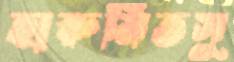
হারুমিতসু